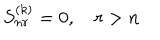
S _ { n r } ^ { ( k ) } = 0 , \quad r > n